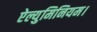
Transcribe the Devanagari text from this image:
ऐल्युमिनियम।